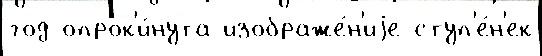
год опрок'и́нута изображе́н'иjе ступ'е́н'ек